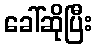
ခေါ်ဆိုပြီး